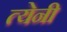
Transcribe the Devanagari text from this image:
त्येनी